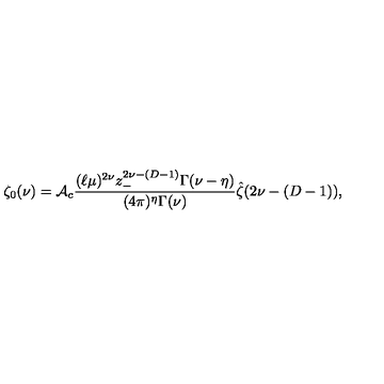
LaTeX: \zeta _ { 0 } ( \nu ) = { \cal A } _ { c } { \frac { ( \ell \mu ) ^ { 2 \nu } z _ { - } ^ { 2 \nu - ( D - 1 ) } \Gamma ( \nu - \eta ) } { ( 4 \pi ) ^ { \eta } \Gamma ( \nu ) } } \hat { \zeta } ( 2 \nu - ( D - 1 ) ) ,